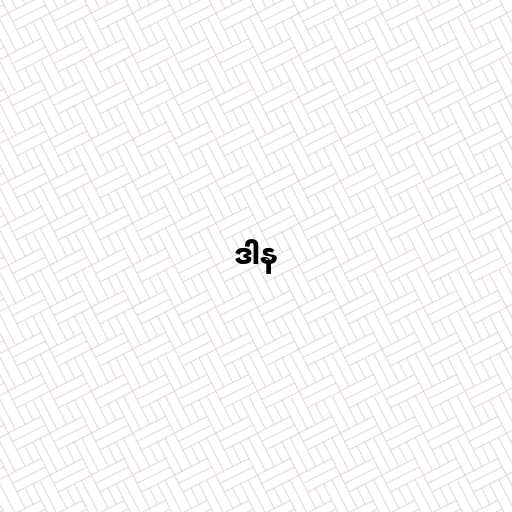
ဒါန